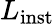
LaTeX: L_{\mathrm{inst}}